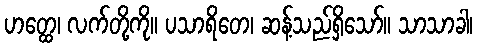
ဟတ္ထေ၊ လက်တို့ကို။ ပသာရိတေ၊ ဆန့်သည်ရှိသော်။ သာသာခါ၊